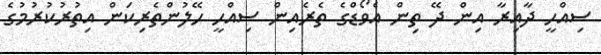
ސިއްހީ ދާއިރާ އިން ދޭ ތިން އެވޯޑްގެ ތެރެއިން ސިއްހީ ހޭލުންތެރިކަން އިތުރުކުރުމުގެ